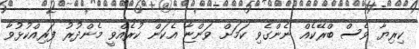
ކިރިޔާ ވެސް ބްރޭކެއް ނެންގެވި ކަމަށް ވަންޏާ އެކަން ކުރެއްވީ މެންދުރު ފަރިއްކުޅުވާ